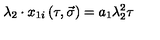
\lambda _ { 2 } \cdot x _ { 1 i } \left( \tau , \vec { \sigma } \right) = a _ { 1 } \lambda _ { 2 } ^ { 2 } \tau